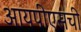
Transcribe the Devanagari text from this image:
आयपीएसची